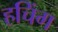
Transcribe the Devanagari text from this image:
हचिंग